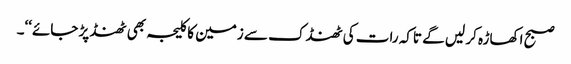
صبح اکھاڑہ کر لیں گے تاکہ رات کی ٹھنڈک سے زمین کا کلیجہ بھی ٹھنڈ پڑ جائے‘‘۔